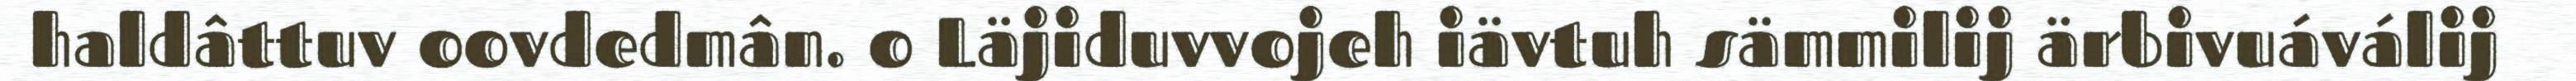
haldâttuv oovdedmân. o Läjiduvvojeh iävtuh sämmilij ärbivuáválij